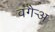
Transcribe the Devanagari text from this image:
वगैर्‍अ